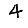
Digit: 4